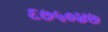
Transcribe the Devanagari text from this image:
६७५०४७